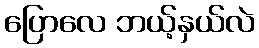
ပြောလေ ဘယ့်နှယ်လဲ